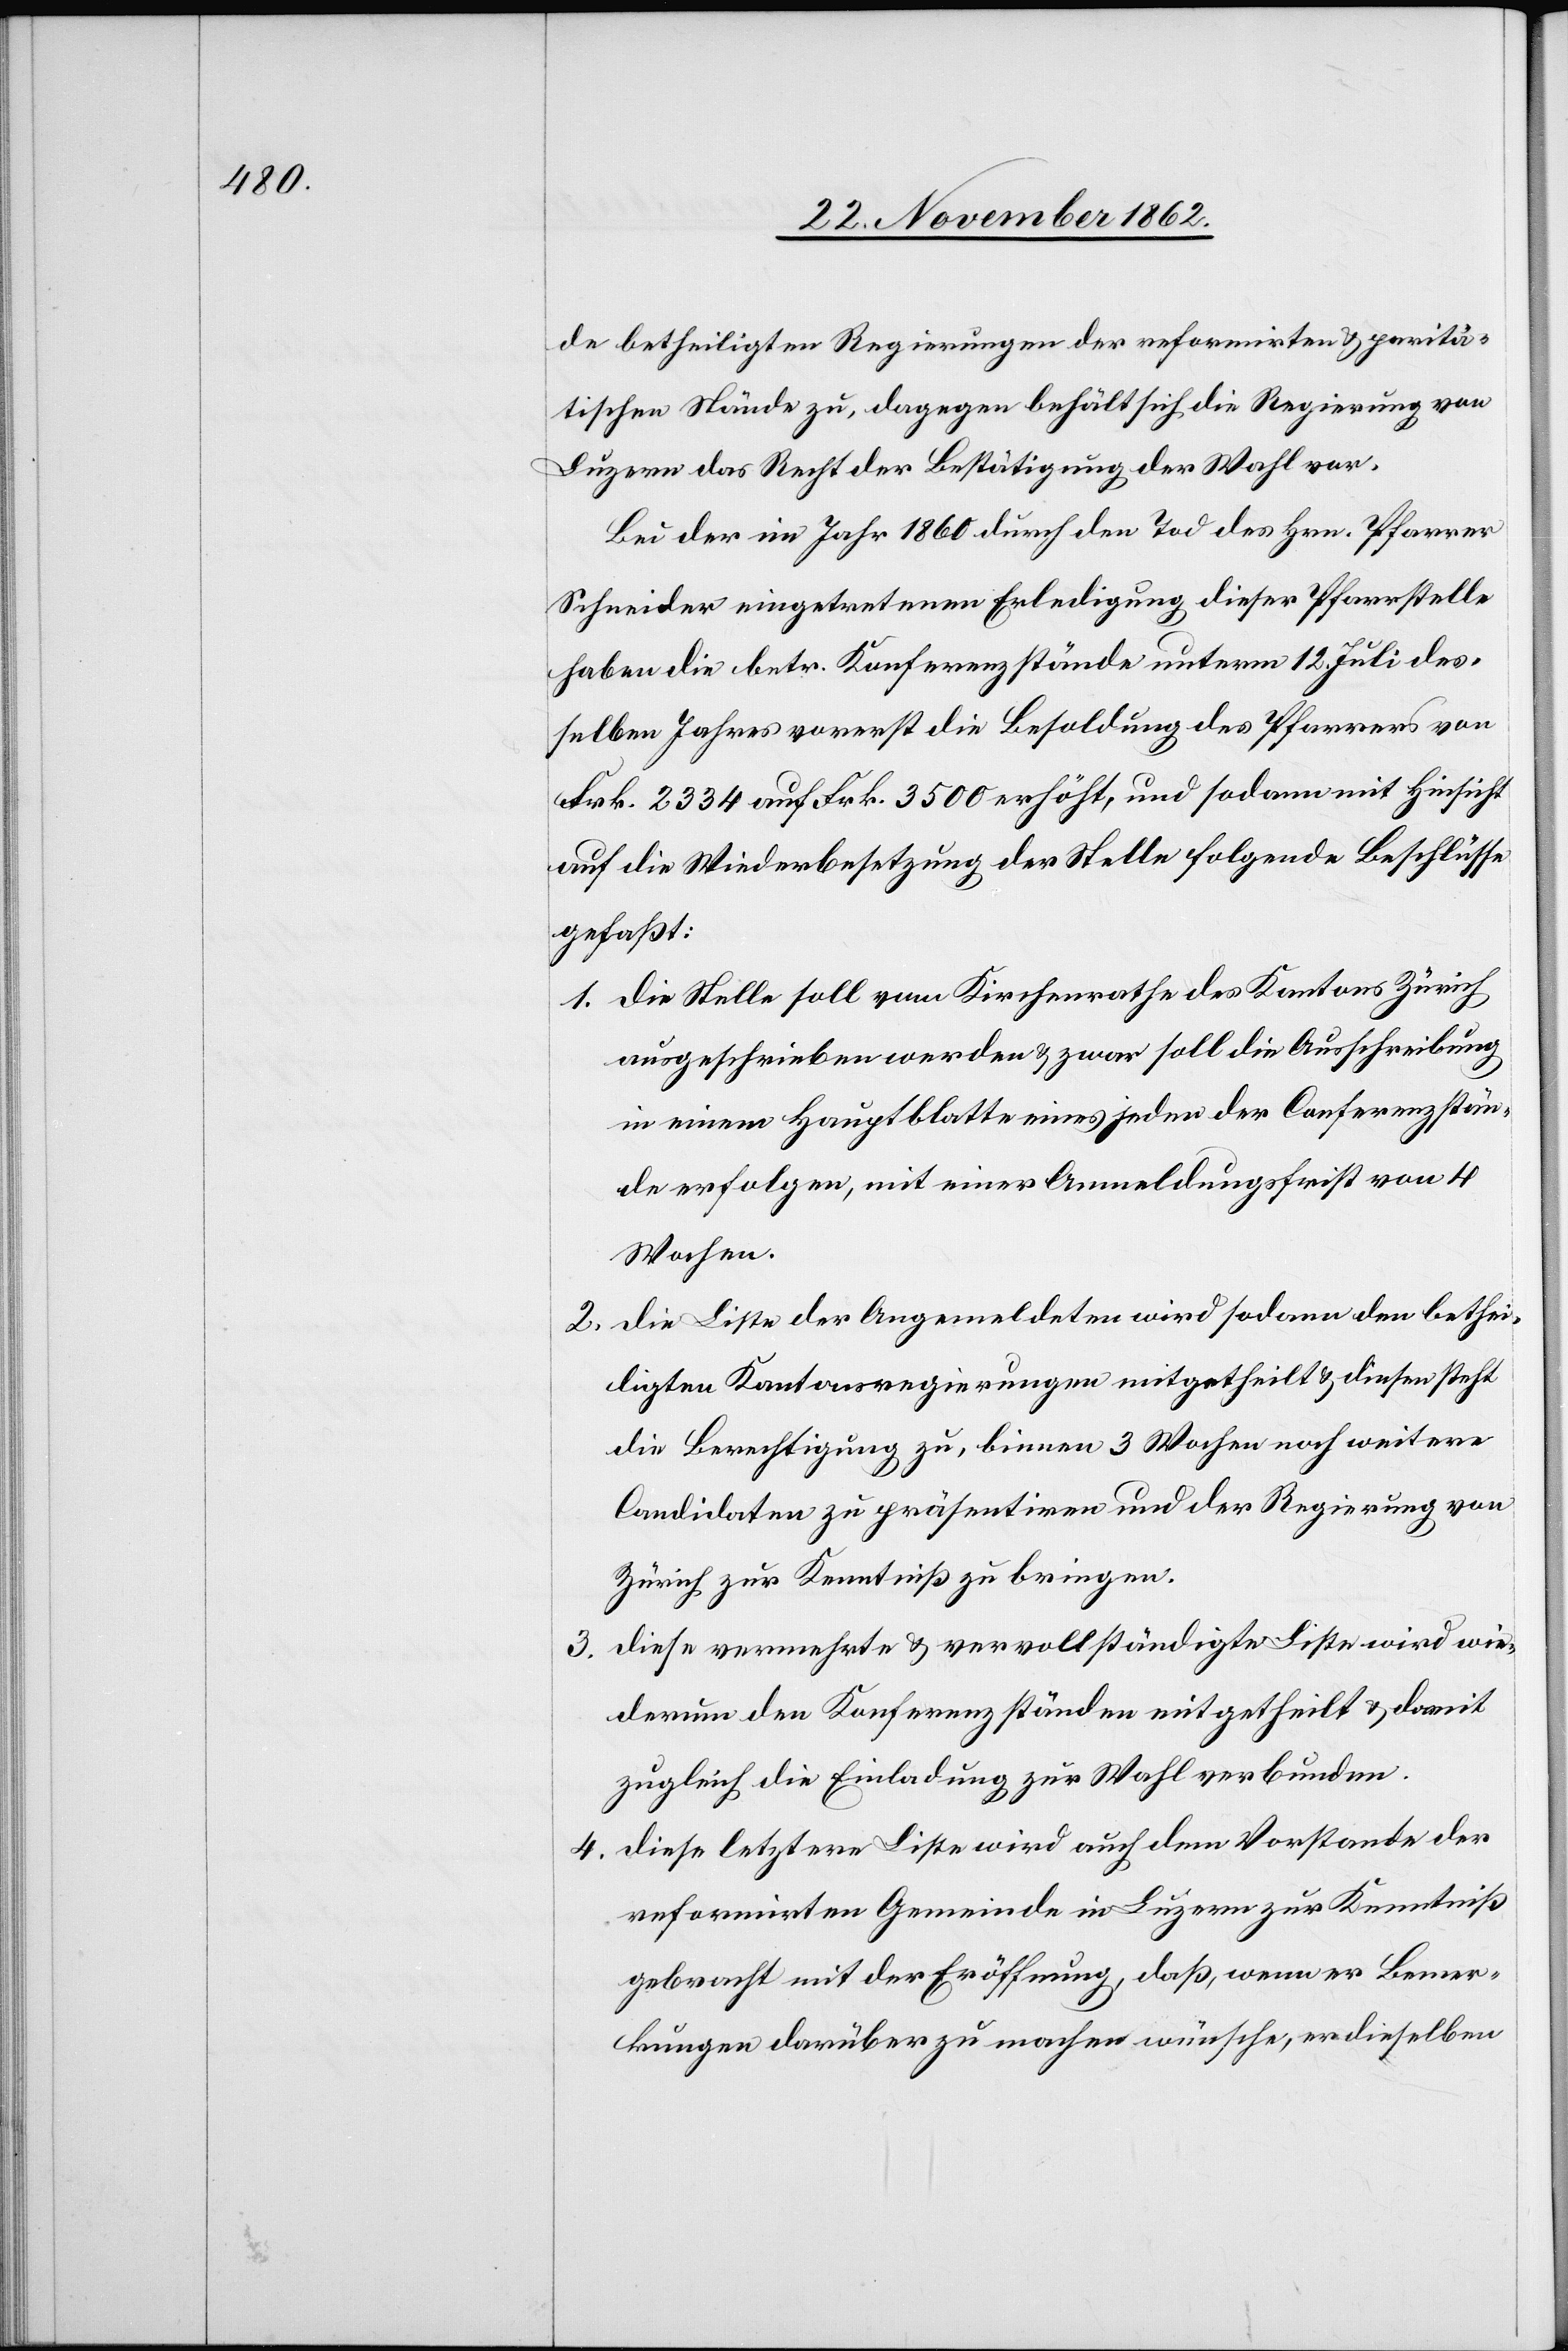
3.

de betheiligten Regierungen der reformirten u. paritä¬
tischen Stände zu, dagegen behält sich die Regierung von
Luzern das Recht der Bestätigung der Wahl vor.
Bei der im Jahr 1860 durch den Tod des Hrn. Pfarrer
Schneider eingetretenen Erledigung dieser Pfarrstelle
haben die betr. Konferenzstände unterm 12. Juli des¬
selben Jahres vorerst die Besoldung des Pfarrers von
Frk. 2334 auf Frk. 3500 erhöht, und sodann mit Hinsicht
auf die Wiederbesetzung der Stelle folgende Beschlüsse
gefaßt:
1. Die Stelle soll vom Kirchenrathe des Kantons Zürich
ausgeschrieben werden u. zwar soll die Ausschreibung
in einem Hauptblatte eines jeden der Conferenzstän¬
de erfolgen, mit einer Anmeldungsfrist von 4
Wochen.
2. Die Liste der Angemeldeten wird sodann den bethei¬
ligten Kantonsregierungen mitgetheilt u. diesen steht
die Berechtigung zu, binnen 3 Wochen noch weitere
Candidaten zu präsentiren und der Regierung von
Zürich zur Kenntniß zu bringen.
Diese vermehrte u. vervollständigte Liste wird wie¬
derum den Konferenzständen mitgetheilt u. damit
zugleich die Einladung zur Wahl verbunden.
4. Diese letztere Liste wird auch dem Vorstande der
reformirten Gemeinde in Luzern zur Kenntniß
gebracht mit der Eröffnung, daß, wenn er Bemer¬
kungen darüber zu machen wünsche, er dieselben